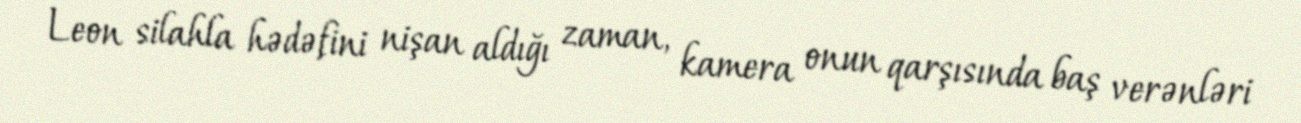
Leon silahla hədəfini nişan aldığı zaman, kamera onun qarşısında baş verənləri